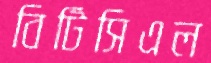
বিটিসিএল